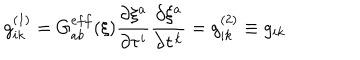
g _ { i k } ^ { ( 1 ) } = G _ { a b } ^ { e f f } ( \xi ) \frac { \partial \xi ^ { a } } { \partial \tau ^ { i } } \frac { \partial \xi ^ { a } } { \partial \tau ^ { k } } = g _ { i k } ^ { ( 2 ) } \equiv g _ { i k }